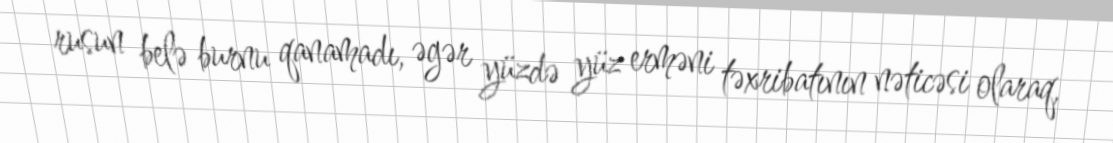
rusun belə burnu qanamadı, əgər yüzdə yüz erməni təxribatının nəticəsi olaraq,